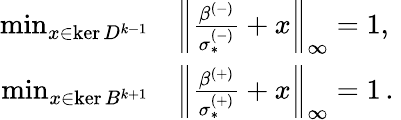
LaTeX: \begin{array}{rl}{\operatorname*{min}_{x\in\ker D^{k-1}}}&{{}\left\lVert\frac{\beta^{(-)}}{\sigma_{*}^{(-)}}+x\right\rVert_{\infty}=1,\ }\\ {\operatorname*{min}_{x\in\ker B^{k+1}}}&{{}\left\lVert\frac{\beta^{(+)}}{\sigma_{*}^{(+)}}+x\right\rVert_{\infty}=1\, .}\end{array}